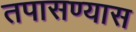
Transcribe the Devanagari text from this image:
तपासण्यास